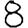
Digit: 8